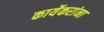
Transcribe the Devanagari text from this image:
कार्येकरांना